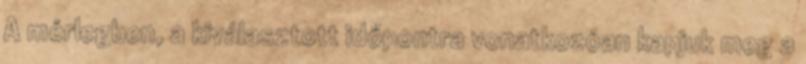
A mérlegben, a kiválasztott időpontra vonatkozóan kapjuk meg a